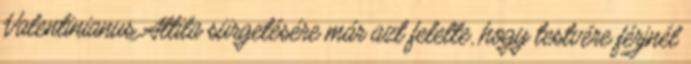
Valentinianus Attila sürgetésére már azt felelte, hogy testvére férjnél